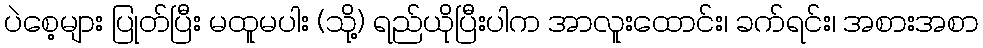
ပဲစေ့များ ပြုတ်ပြီး မထူမပါး (သို့) ရည်ယိုပြီးပါက အာလူးထောင်း၊ ခက်ရင်း၊ အစားအစာ